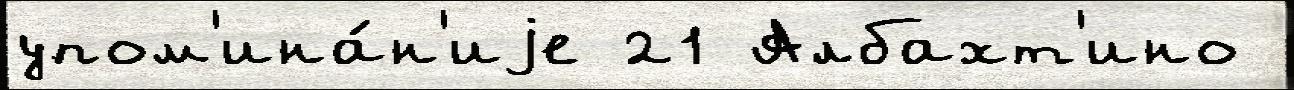
упом'ина́н'иjе 21 Албахт'ино